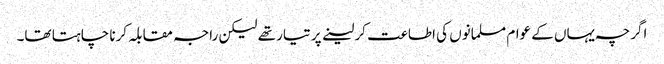
اگرچہ یہاں کے عوام مسلمانوں کی اطاعت کر لینے پر تیار تھے لیکن راجہ مقابلہ کرنا چاہتا تھا۔